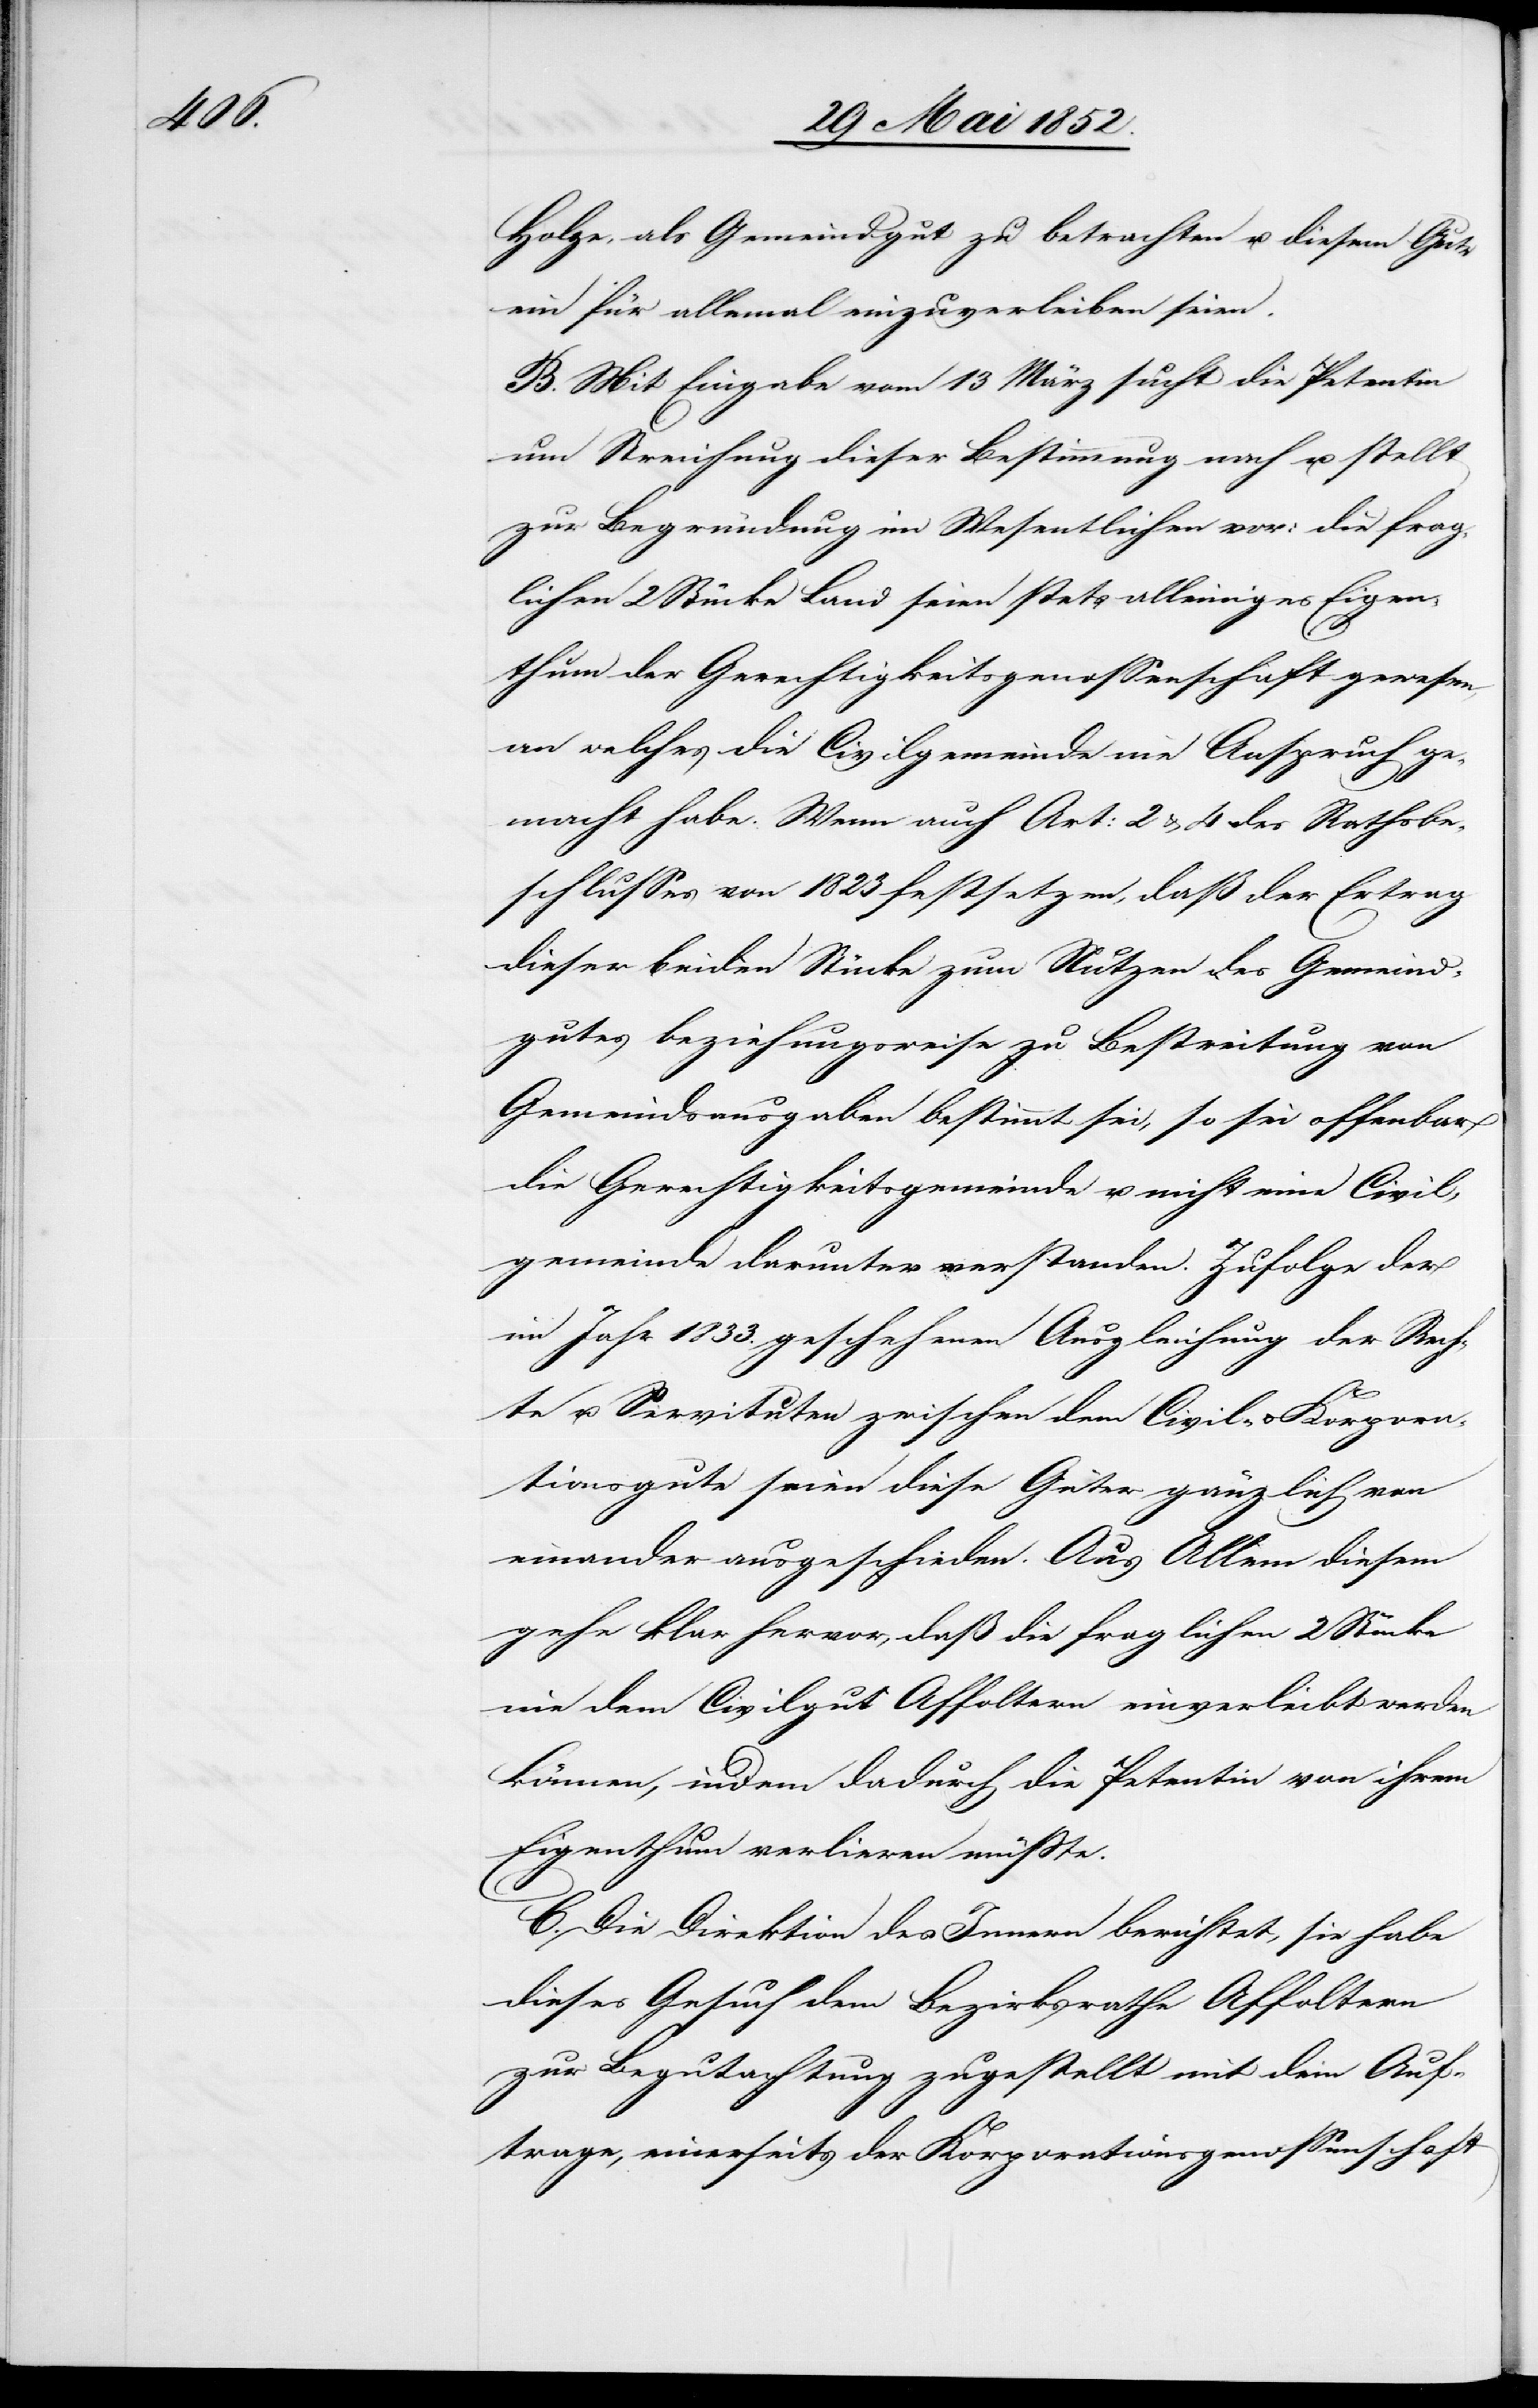
Holze, als Gemeindgut zu betrachten u. diesem Gute
ein für allemal einzuverleiben seien.
B. Mit Eingabe vom 13 März sucht die Petentin
um Streichung dieser Bestimmung nach u. stellt
zur Begründung im Wesentlichen vor: die frag¬
lichen 2 Stücke Land seien stets alleiniges Eigen¬
thum der Gerechtigkeitsgenossenschaft gewesen,
an welches die Civilgemeinde nie Anspruch ge¬
macht habe. Wenn auch Art: 2 & 4 des Rathsbe¬
schlusses von 1823 festsetzen, daß der Ertrag
dieser beiden Stücke zum Nutzen des Gemeind¬
gutes beziehungsweise zu Bestreitung von
Gemeindsausgaben bestimmt sei, so sei offenbar
die Gerechtigkeitsgemeinde u. nicht eine Civil¬
gemeinde darunter verstanden. Zufolge der
im Jahr 1833. geschehenen Ausgleichung der Rech¬
te u. Servituten zwischen dem Civil- & Korpora¬
tionsgute seien diese Güter gänzlich von
einander ausgeschieden. Aus Allem diesem
gehe klar hervor, daß die fraglichen 2 Stücke
nie dem Civilgut Affoltern einverleibt werden
können, indem dadurch die Petentin von ihrem
Eigenthum verlieren müsste.
C. Die Direktion des Innern berichtet, sie habe
dieses Gesuch dem Bezirksrathe Affoltern
zur Begutachtung zugestellt mit dem Auf¬
trage, einerseits der Korporationsgenossenschaft